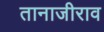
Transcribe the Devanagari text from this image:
तानाजीराव